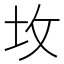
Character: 坆